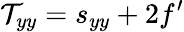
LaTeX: \mathcal{T}_{yy}=s_{yy}+2f^{\prime}